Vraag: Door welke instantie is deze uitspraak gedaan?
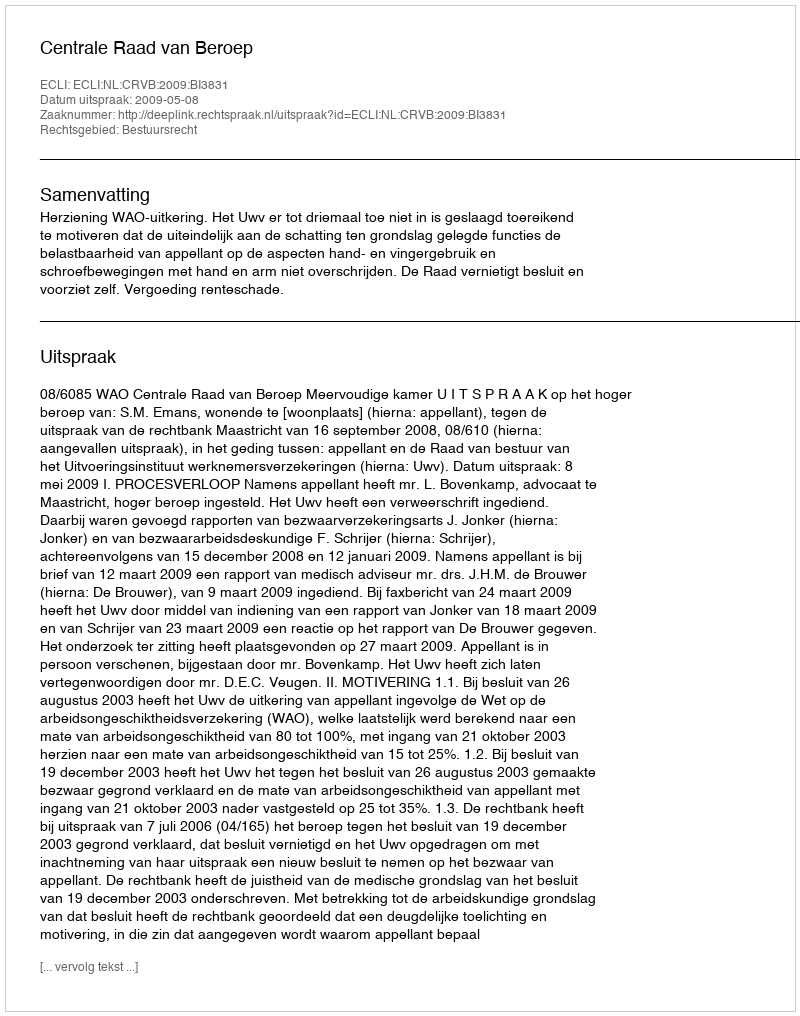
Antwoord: Centrale Raad van Beroep